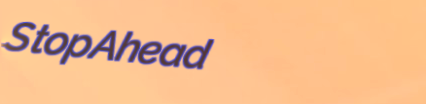
StopAhead